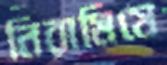
নিরামিষে